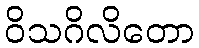
ဝိသဂိလိတော